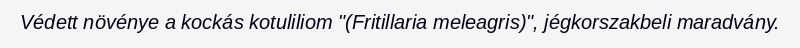
Védett növénye a kockás kotuliliom "(Fritillaria meleagris)", jégkorszakbeli maradvány.